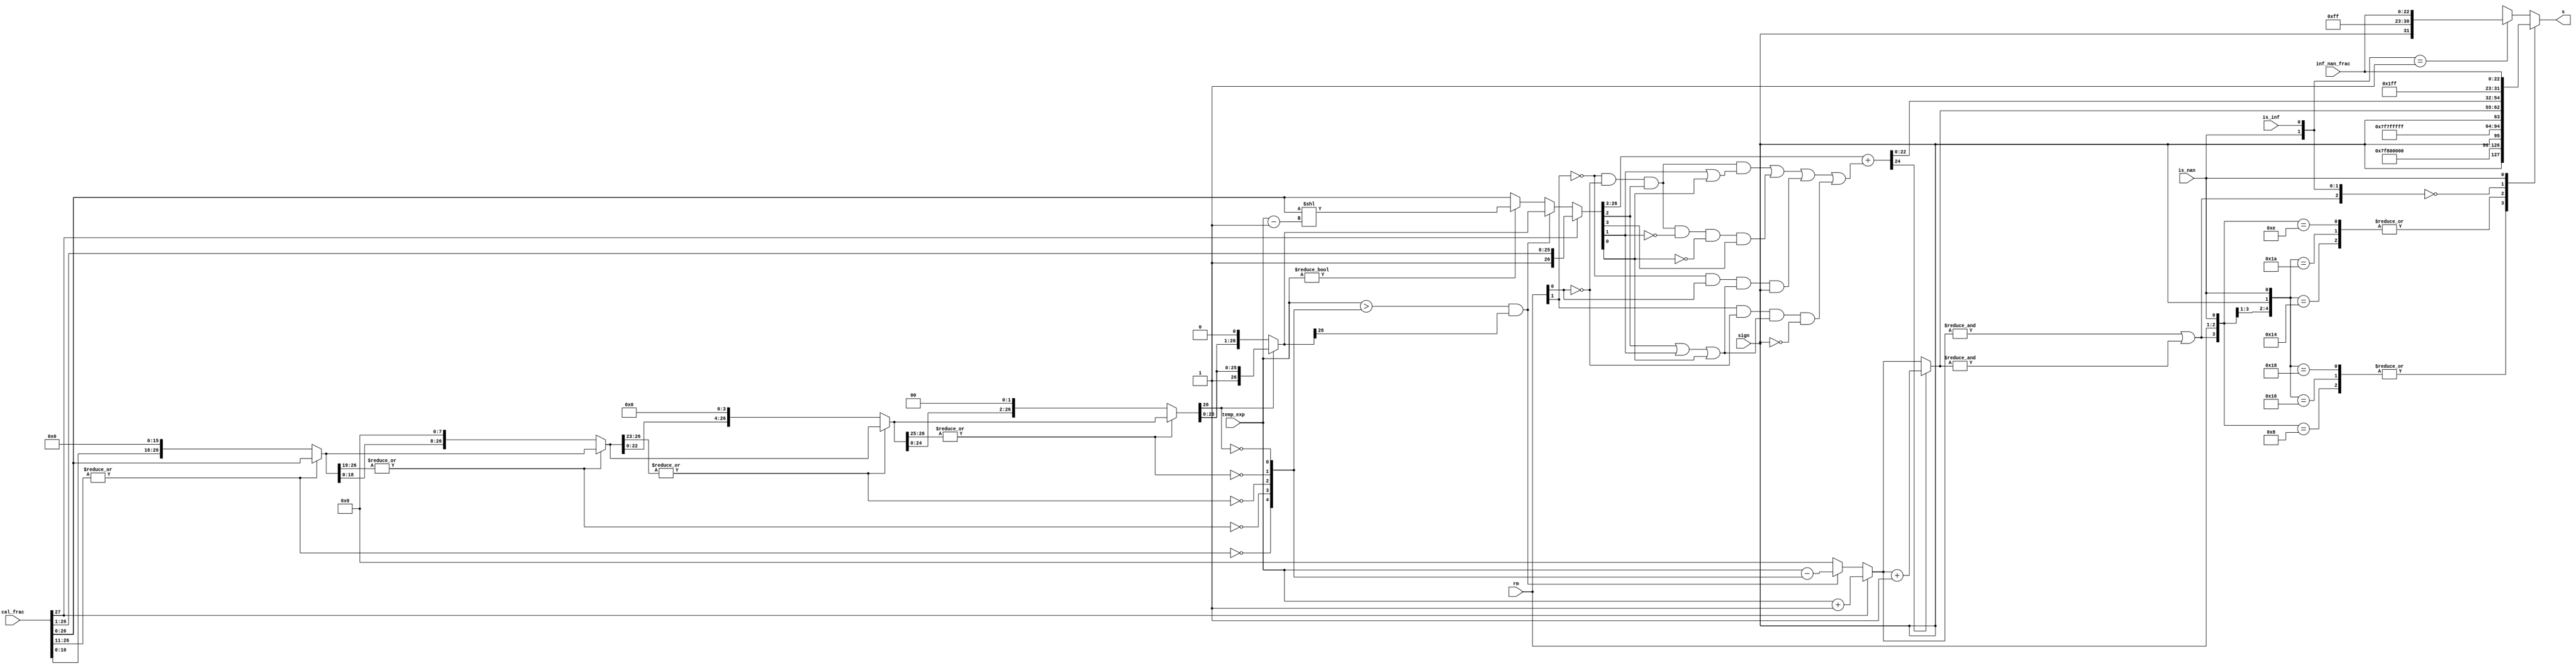
module fadd_norm (rm,is_nan,is_inf,inf_nan_frac,sign,temp_exp,cal_frac,s);
	input [1:0] rm;
	input is_nan,is_inf;
	input sign;
	input [22:0] inf_nan_frac;
	input [7:0] temp_exp;
	input [27:0] cal_frac;
	output [31:0] s;

	wire [26:0] f4,f3,f2,f1,f0;
	wire zero4,zero3,zero2,zero1,zero0;
	wire [4:0] zeros = {zero4,zero3,zero2,zero1,zero0};
	assign zero4 = ~|cal_frac[26:11];			// 16-bit
	assign f4 = zero4? {cal_frac[10:0],16'b0} : cal_frac[26:0];
	assign zero3 = ~|f4[26:19];				// 8-bit
	assign f3 = zero3? {f4[18:0], 8'b0} : f4;
	assign zero2 = ~|f3[26:23];				// 4-bit
	assign f2 = zero2? {f3[22:0], 4'b0} : f3;
	assign zero1 = ~|f2[26:25];				// 2-bit
	assign f1 = zero1? {f2[24:0], 2'b0} : f2;
	assign zero0 = ~f1[26];					// 1-bit
	assign f0 = zero0? {f1[25:0], 1'b0} : f1;

	reg [26:0] frac0;
	reg [7:0] exp0;
	always @ * begin
		if (cal_frac[27]) begin				// 1x.xxxxxxxxxxxxxxxxxxxxxxx xxx
			frac0 = cal_frac[27:1];			//  1.xxxxxxxxxxxxxxxxxxxxxxx xxx
			exp0 = temp_exp + 8'h1;
		end else begin
			if ((temp_exp>{3'b0,zeros}) && (f0[26])) begin	// a normalized number
				frac0 = f0;
				exp0 = temp_exp - {3'b0,zeros};
			end else begin					// a denormalized number or zero
				exp0 = 0;
				if (temp_exp != 0) begin		// fp_large is normalized
					frac0 = cal_frac[26:0] << (temp_exp - 8'h1);
				end else begin				// fp_large is denormalized
					frac0 = cal_frac[26:0];
				end
			end
		end
	end
	wire frac_plus_1 = 						// rm:11 grs:xxx toward zero frac_plus_1=0
		~rm[1] & ~rm[0] & frac0[2] & (frac0[1] | frac0[0])|	// rm:00 grs:1xx(>100)
		~rm[1] & ~rm[0] & frac0[2] & ~frac0[1] & ~frac0[0] & frac0[3]|	// rm:00 grs:100 toward even
		~rm[1] & rm[0] & (frac0[2] | frac0[1] | frac0[0]) & sign|	// rm:01 grs:xxx(>000) toward minus inf
		rm[1] & ~rm[0] & (frac0[2] | frac0[1] | frac0[0]) & ~sign;	// rm:10 grs:xxx(>000) toward plus inf
	wire [24:0] frac_round = {1'b0,frac0[26:3]} + {24'b0,frac_plus_1};
	wire [7:0] exponent = frac_round[24]? exp0+8'h1 : exp0;
	wire overflow = &exp0 | &exponent;
	assign s = final_result(overflow, rm, sign, is_nan, is_inf, exponent, frac_round[22:0], inf_nan_frac);
	function [31:0] final_result;
		input overflow;
		input [1:0] rm;
		input sign, is_nan, is_inf;
		input [7:0] exponent;
		input [22:0] fraction, inf_nan_frac;
		/* verilator lint_off CASEX */
		/* verilator lint_off CASEOVERLAP */
		casex ({overflow, rm, sign, is_nan, is_inf})
			6'b1_00_x_0_x : final_result = {sign,8'hff,23'h000000};	// inf
			6'b1_01_0_0_x : final_result = {sign,8'hfe,23'h7fffff};	// max
			6'b1_01_1_0_x : final_result = {sign,8'hff,23'h000000};	// inf
			6'b1_10_0_0_x : final_result = {sign,8'hff,23'h000000};	// inf
			6'b1_10_1_0_x : final_result = {sign,8'hfe,23'h7fffff};	// max
			6'b1_11_x_0_x : final_result = {sign,8'hfe,23'h7fffff};	// max
			6'b0_xx_x_0_0 : final_result = {sign,exponent,fraction};	// nor
			6'bx_xx_x_1_x : final_result = {1'b1,8'hff,inf_nan_frac};	// nan
			6'bx_xx_x_0_1 : final_result = {sign,8'hff,inf_nan_frac};	// inf
			default       : final_result = {sign,8'h00,23'h000000}; // 0
		endcase
	endfunction
endmodule